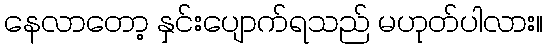
နေလာတော့ နှင်းပျောက်ရသည် မဟုတ်ပါလား။